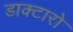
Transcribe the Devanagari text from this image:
डाक्टारो